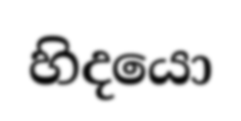
හිදයො